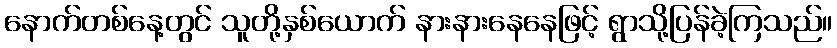
နောက်တစ်နေ့တွင် သူတို့နှစ်ယောက် နားနားနေနေဖြင့် ရွာသို့ပြန်ခဲ့ကြသည်။